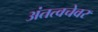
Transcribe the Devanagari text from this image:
अंतत्वचेवर